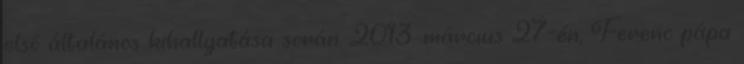
első általános kihallgatása során, 2013. március 27-én, Ferenc pápa